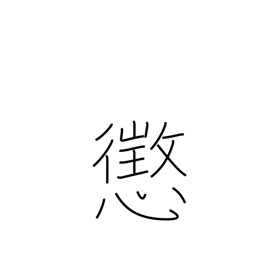
Meaning: discipline